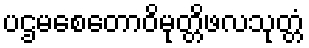
ပဌမစေတောဝိမုတ္တိဖလသုတ္တံ